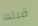
قبلها